65_HS1-834228961_62-HQ-83894_Section_5
Agency: FBI
Page 158
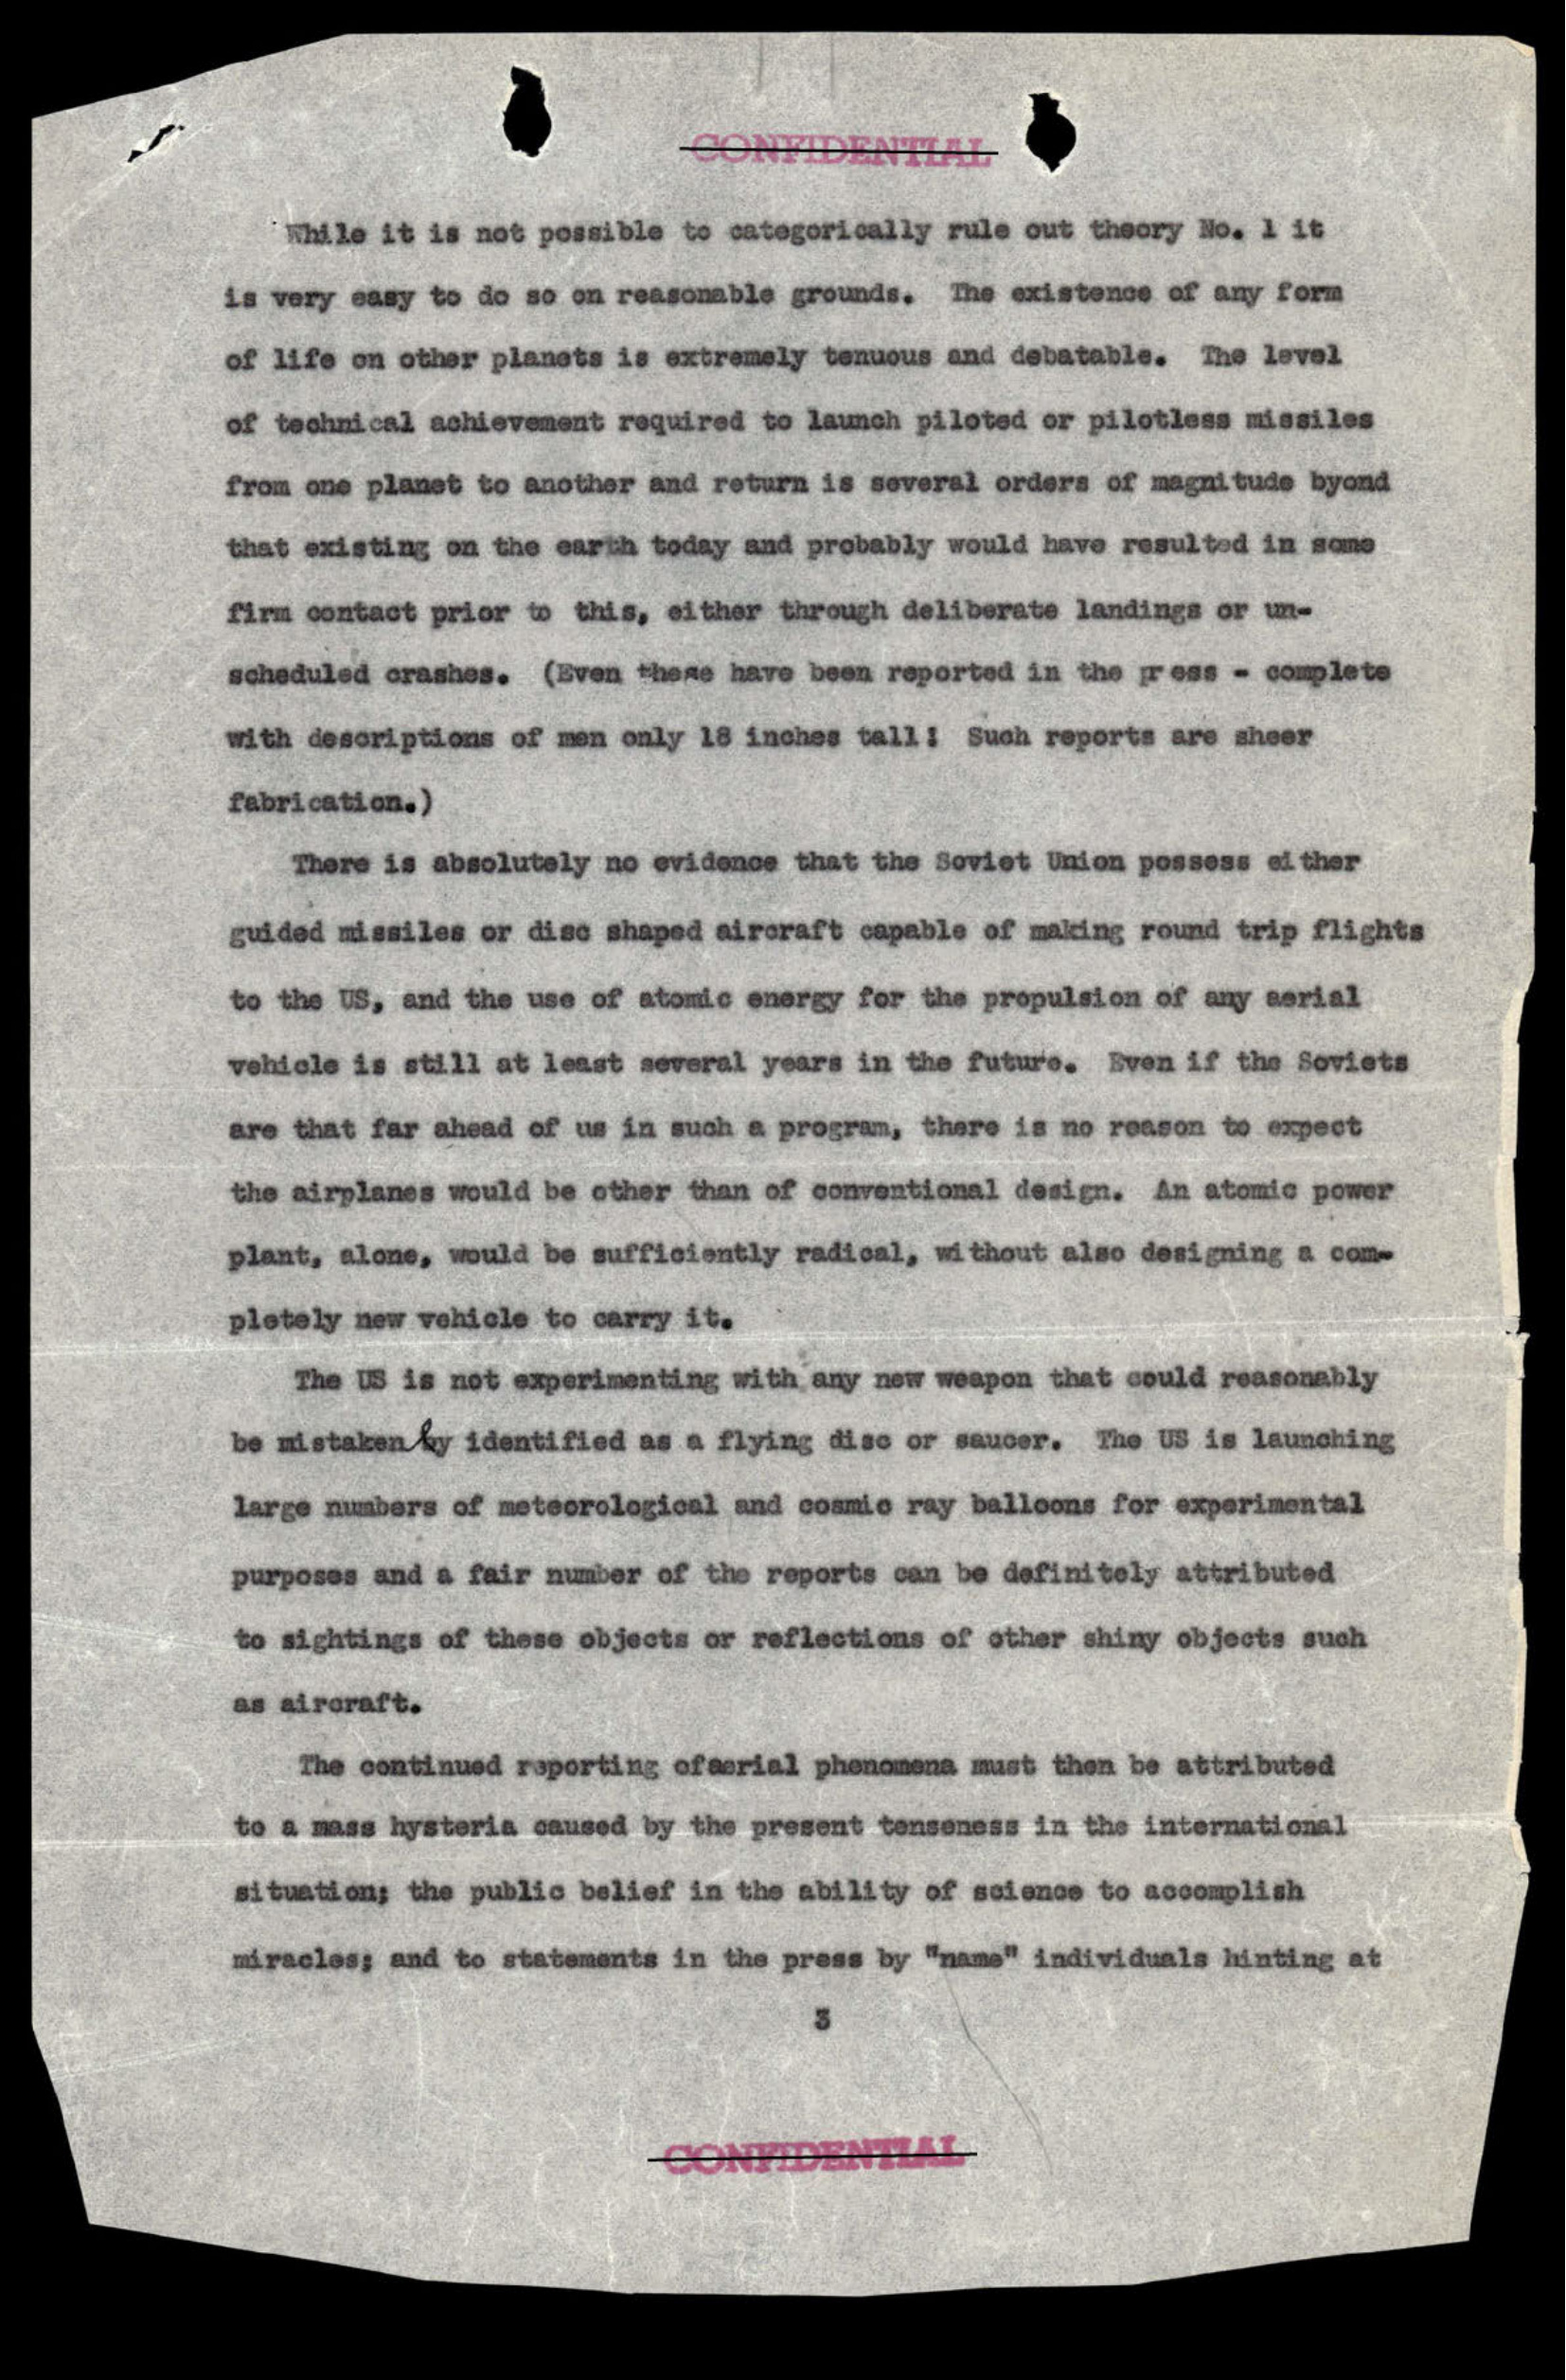